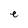
Character: e